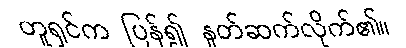
တူရှင်က ပြန်၍ နှုတ်ဆက်လိုက်၏။